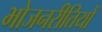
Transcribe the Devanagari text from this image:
भोजनरीतियों